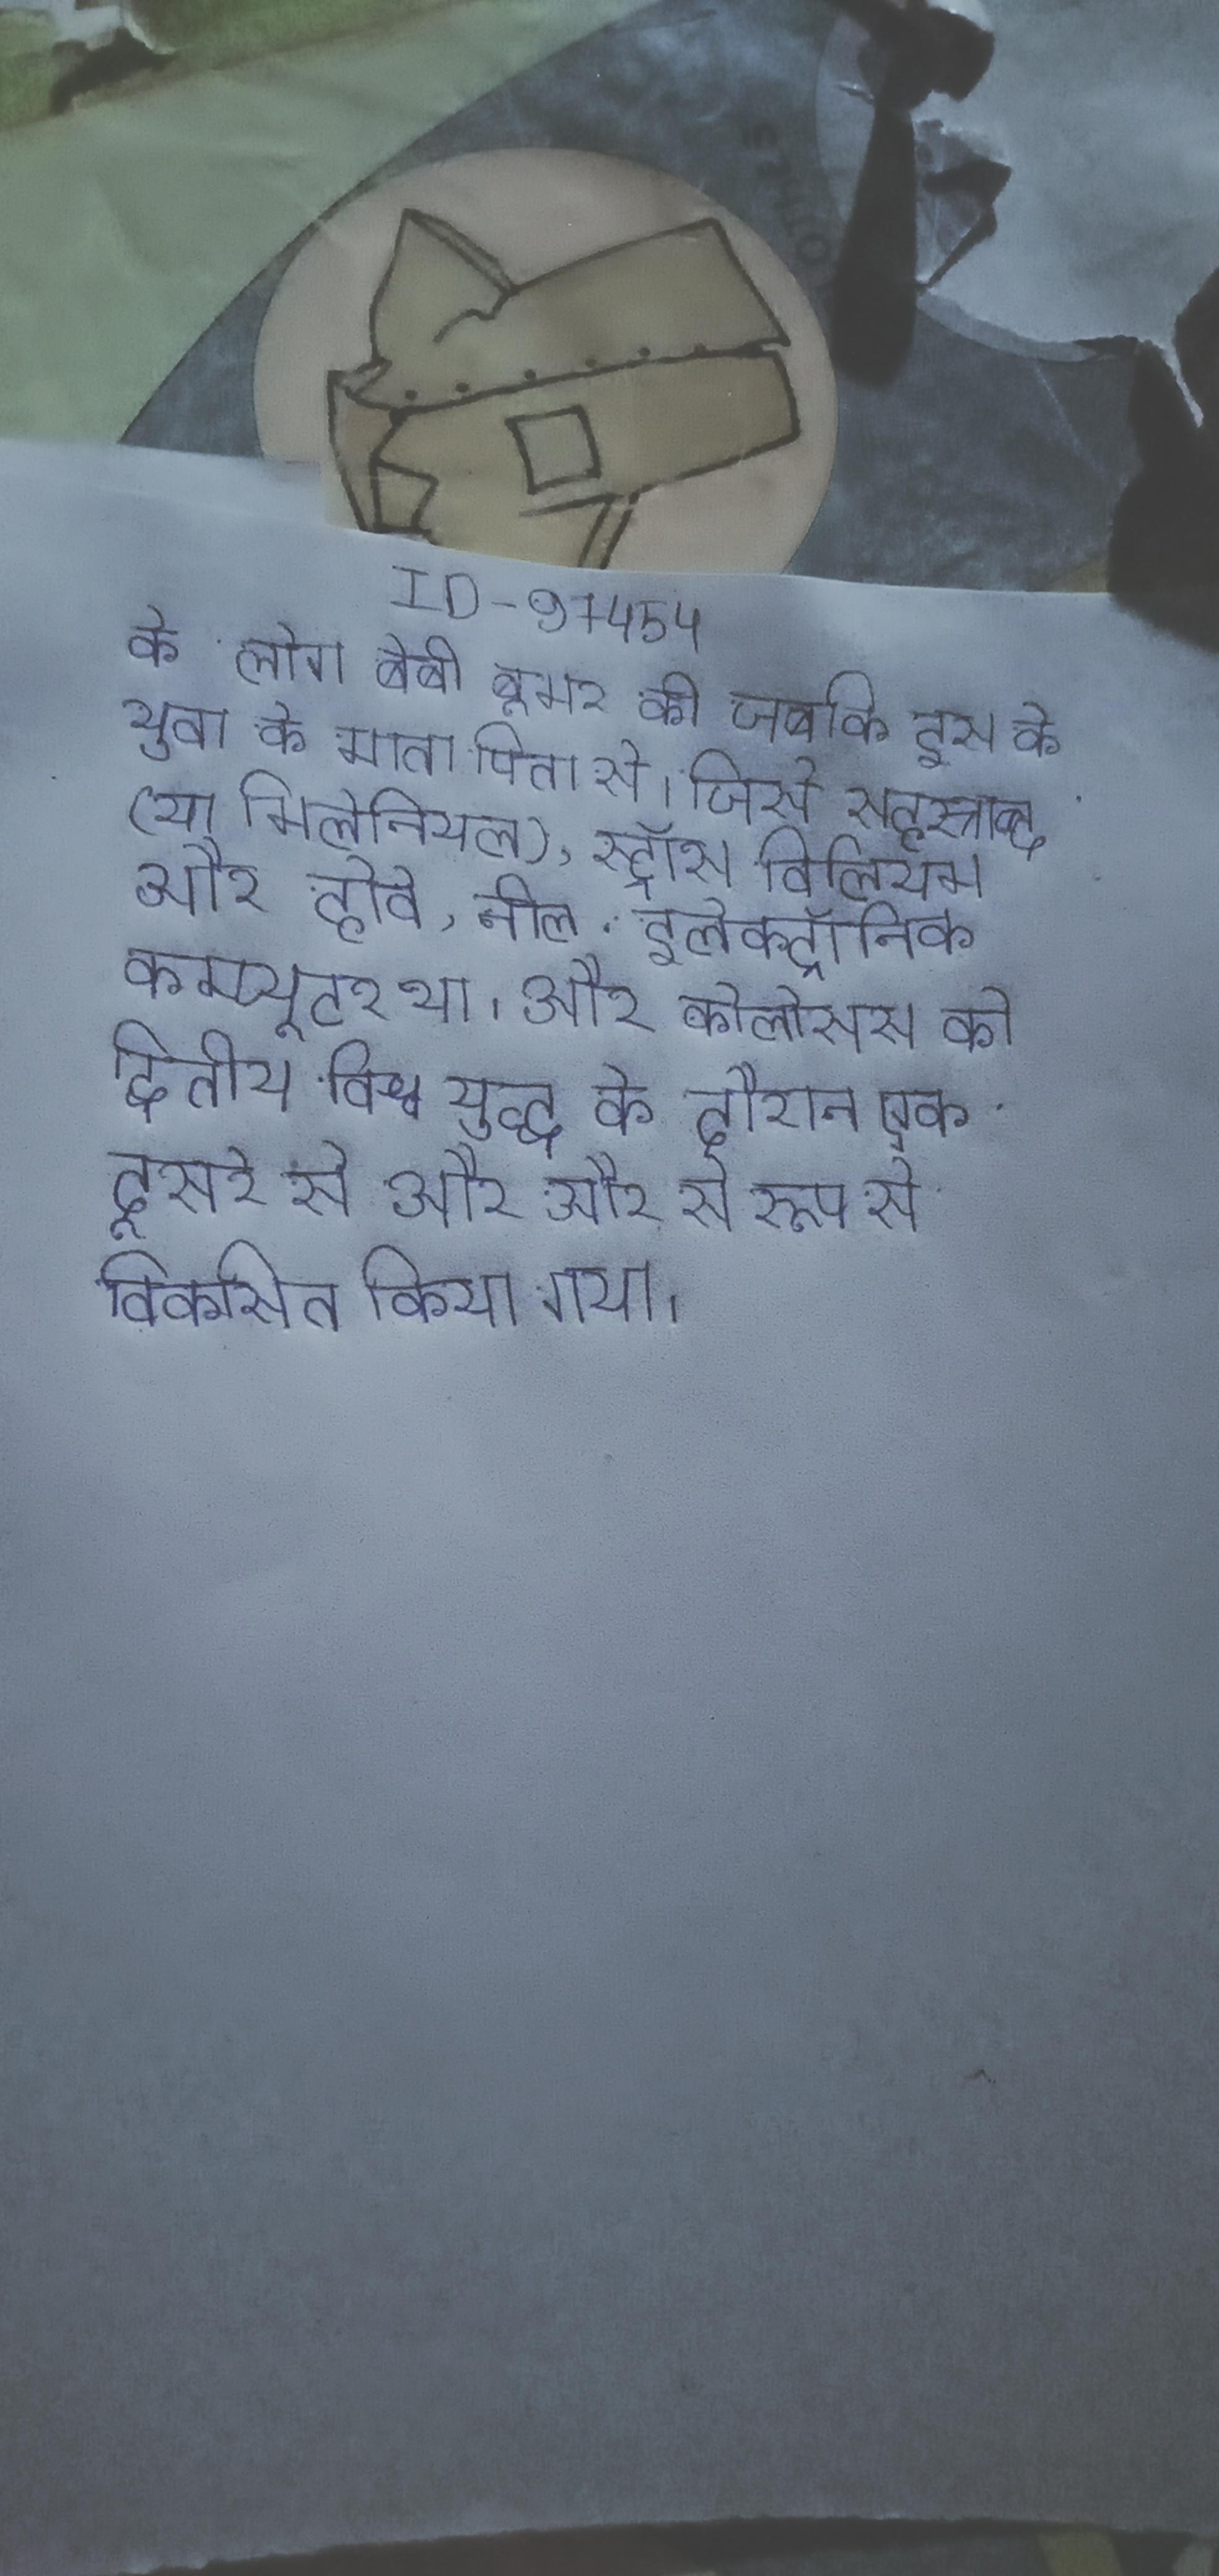
के लोग बेबी बूमर की जबकि इस के युवा के माता पिता से । जिसे सहस्राब्दी (या मिलेनियल), स्ट्रॉस, विलियम और होवे, नील . इलेक्ट्रॉनिक कम्प्यूटर था । और कोलोसस को द्वितीय विश्व युद्ध के दौरान एक दूसरे से और और से रूप से विकसित किया गया ।